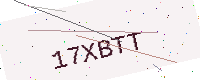
Text: 17XBTT